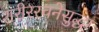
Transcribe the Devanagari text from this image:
शरीररचनेसुद्धा